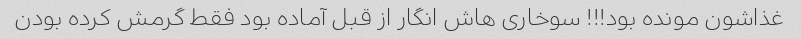
غذاشون مونده بود!!! سوخاری هاش انگار از قبل آماده بود فقط گرمش کرده بودن